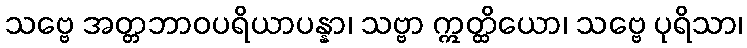
သဗ္ဗေ အတ္တဘာဝပရိယာပန္နာ၊ သဗ္ဗာ ဣတ္ထိယော၊ သဗ္ဗေ ပုရိသာ၊